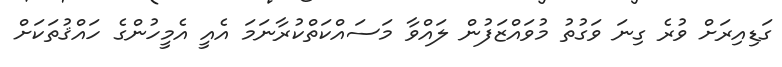
ގަޑިއިރަށް ވުރެ ގިނަ ވަގުތު މުވައްޒަފުން ލައްވާ މަސައްކަތްކުރާނަމަ އެއީ އެމީހުންގެ ހައްޤުތަކަށް